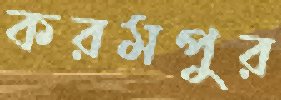
করমপুর